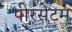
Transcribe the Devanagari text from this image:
पीरसेटम